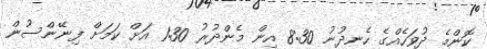
ކޮންމެ ދުވަހެއްގެ ހެނދުނު 8:30 އިން މެންދުރު 1:30 އަށް ކަމަށް ފިނޭންސުން